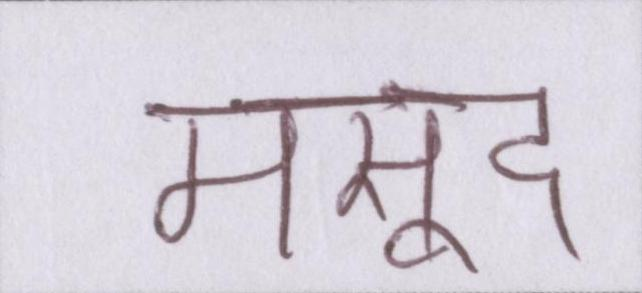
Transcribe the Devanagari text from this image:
मसूद